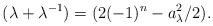
\begin{align*}(\lambda+\lambda^{-1})=(2(-1)^n-a_\lambda^2/2).\end{align*}